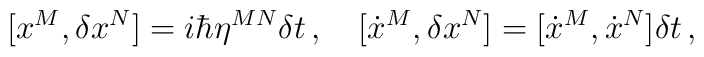
[x^{M}, \delta x^{N}]=i\hbar\eta^{MN}\delta t\,, \quad[\dot{x}^{M}, \delta x^{N}]=[\dot{x}^{M}, \dot{x}^{N}]\delta t\,,